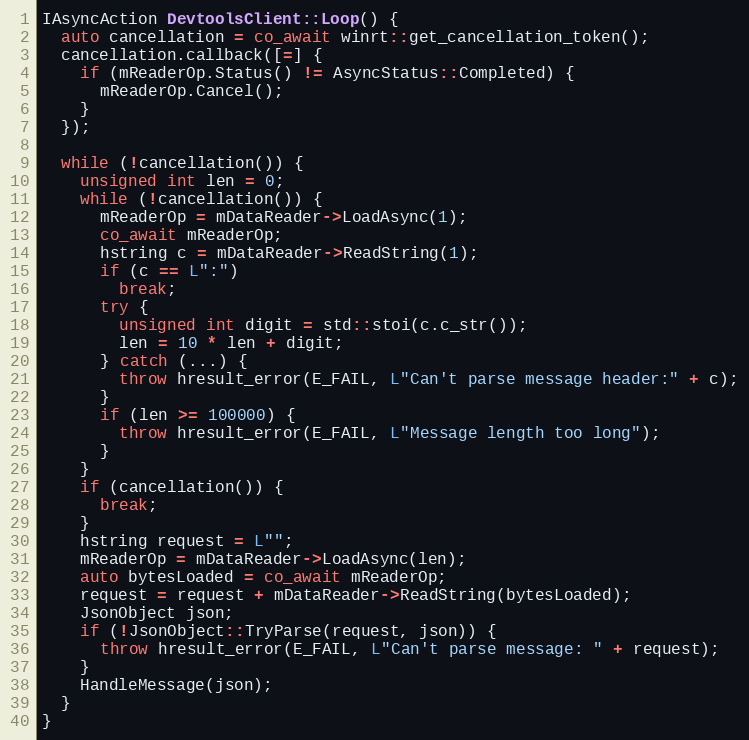
Language: C++
IAsyncAction DevtoolsClient::Loop() {
  auto cancellation = co_await winrt::get_cancellation_token();
  cancellation.callback([=] {
    if (mReaderOp.Status() != AsyncStatus::Completed) {
      mReaderOp.Cancel();
    }
  });

  while (!cancellation()) {
    unsigned int len = 0;
    while (!cancellation()) {
      mReaderOp = mDataReader->LoadAsync(1);
      co_await mReaderOp;
      hstring c = mDataReader->ReadString(1);
      if (c == L":")
        break;
      try {
        unsigned int digit = std::stoi(c.c_str());
        len = 10 * len + digit;
      } catch (...) {
        throw hresult_error(E_FAIL, L"Can't parse message header:" + c);
      }
      if (len >= 100000) {
        throw hresult_error(E_FAIL, L"Message length too long");
      }
    }
    if (cancellation()) {
      break;
    }
    hstring request = L"";
    mReaderOp = mDataReader->LoadAsync(len);
    auto bytesLoaded = co_await mReaderOp;
    request = request + mDataReader->ReadString(bytesLoaded);
    JsonObject json;
    if (!JsonObject::TryParse(request, json)) {
      throw hresult_error(E_FAIL, L"Can't parse message: " + request);
    }
    HandleMessage(json);
  }
}